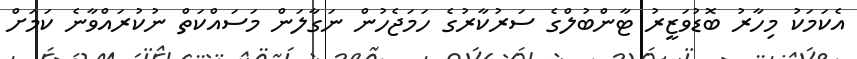
އެކަމަކު މިހާރު ބޮޑުވަޒީރު ޓާންބުލްގެ ސަރުކާރުގެ ހަމަޖެހުން ނަގާލަން މަސައްކަތް ނުކުރައްވާނެ ކަމަށް